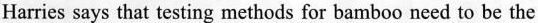
Harries says that testing methods for bamboo need to be the